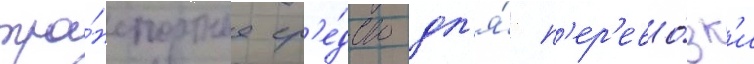
тра́нспортное ср'е́дство дл'я́ п'ер'ево́зк'и